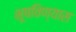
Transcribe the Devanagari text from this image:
भूषविण्यास